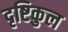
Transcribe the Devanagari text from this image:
दृष्टिकुल